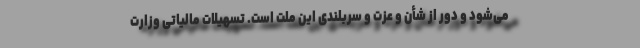
می‌شود و دور از شأن و عزت و سربلندی این ملت است. تسهیلات مالیاتی وزارت